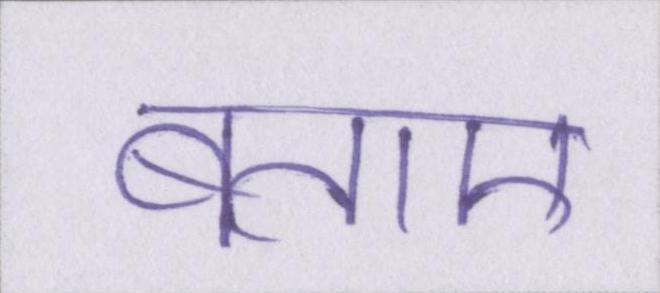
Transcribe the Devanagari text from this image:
बताए